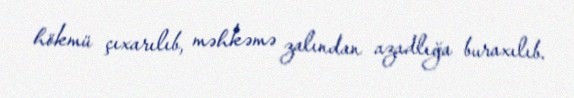
hökmü çıxarılıb, məhkəmə zalından azadlığa buraxılıb.